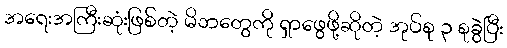
အရေးအကြီးဆုံးဖြစ်တဲ့ မိဘတွေကို ရှာဖွေဖို့ဆိုတဲ့ အုပ်စု ၃ စုခွဲပြီး